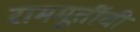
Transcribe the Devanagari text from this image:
राममूर्तीची